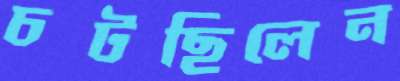
চটছিলেন